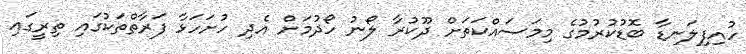
ހުއިފިލަނޑާ ބޮޑުކުރުމުގެ މިމަސައްކަތަށް ދޫކުރާ ލޯނު ހޯދުމަށް އެދި ހުށަހަޅާ ފަރާތްތަކުގައި ތިރީގައި